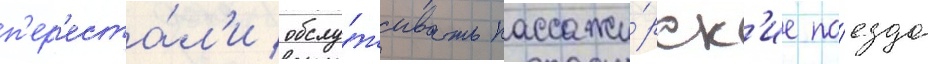
п'ер'еста́л'и обслу́живать пассажи́рск'ие по́езда